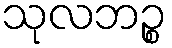
သုလဘဉ္စ